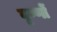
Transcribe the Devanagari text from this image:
वृण्णों